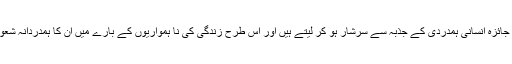
وہ بنی نوع انسان کے مسائل کا جائزہ انسانی ہمدردی کے جذبہ سے سرشار ہو کر لیتے ہیں اور اس طرح زندگی کی نا ہمواریوں کے بارے میں ان کا ہمدردانہ شعور ید بیضا کا معجزہ دکھاتا ہے۔